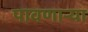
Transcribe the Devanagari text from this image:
पावणार्‍या